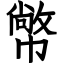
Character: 幤